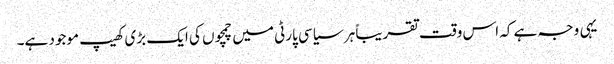
یہی وجہ ہے کہ اس وقت تقریباً ہر سیاسی پارٹی میں چمچوں کی ایک بڑی کھیپ موجود ہے۔